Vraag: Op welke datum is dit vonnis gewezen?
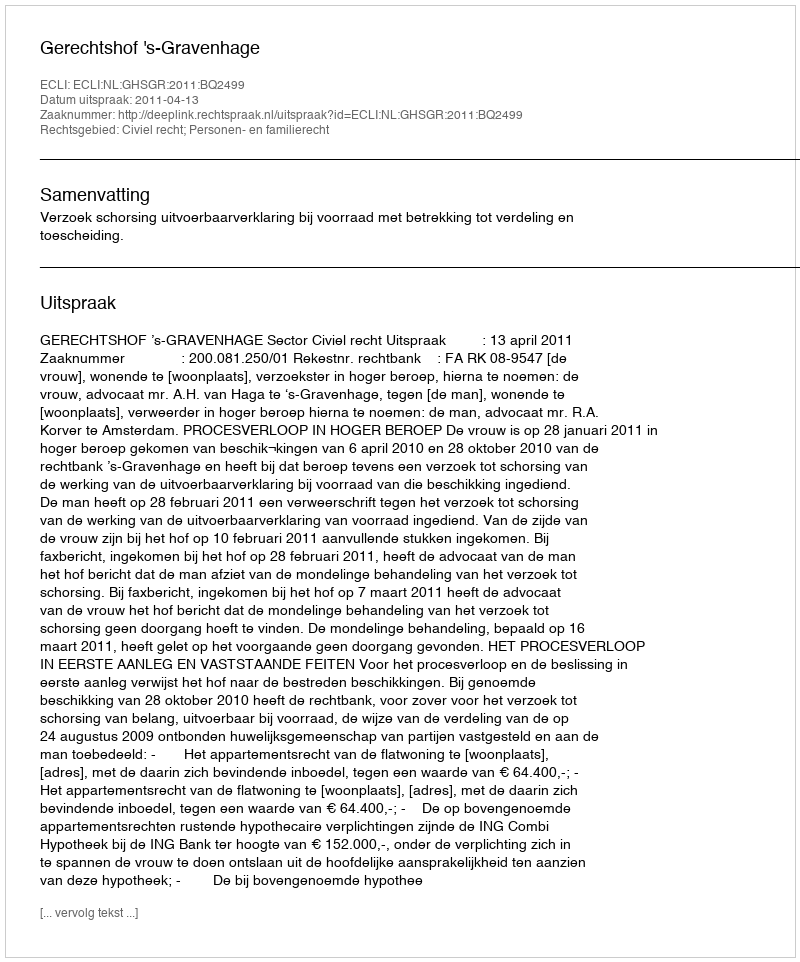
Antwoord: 2011-04-13